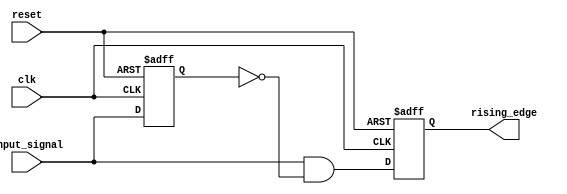
module rising_edge_detector (
    input wire clk,               // Clock signal
    input wire reset,             // Asynchronous reset signal
    input wire input_signal,      // Input signal to monitor for rising edges
    output reg rising_edge        // Output signal that goes high on rising edge
);

    reg previous_state;           // Storage element to hold the previous state of input_signal

    always @(posedge clk or posedge reset) begin
        if (reset) begin
            previous_state <= 1'b0; // Reset previous state to 0
            rising_edge <= 1'b0;     // Reset rising edge output
        end else begin
            // Rising edge detection logic
            rising_edge <= (input_signal && !previous_state);
            // Store the current state for the next clock cycle
            previous_state <= input_signal;
        end
    end

endmodule